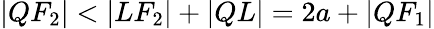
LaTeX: |QF_{2}|<|LF_{2}|+|QL|=2a+|QF_{1}|